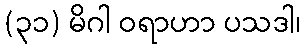
(၃၁) မိဂါ ဝရာဟာ ပသဒါ၊